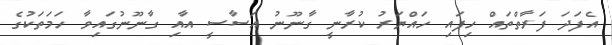
އެފަދަ ފަރާތްތައް ހިފައި ހައްޔަރު ކުރާނީ ގާނޫނު އަސާސީ އާއި ގާނޫނުގައިވާ ހަމަތަކުގެ